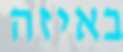
באיזה